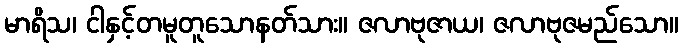
မာရိသ၊ ငါနှင့်တမူတူသောနတ်သား။ ဇလာဗုဇာယ၊ ဇလာဗုဇမည်သော။